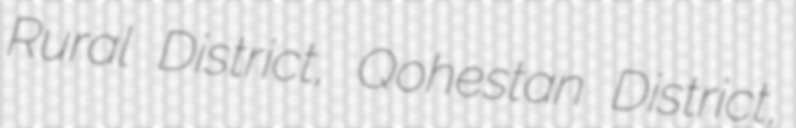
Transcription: Rural District, Qohestan District,